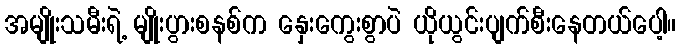
အမျိုးသမီးရဲ့ မျိုးပွားစနစ်က နှေးကွေးစွာပဲ ယိုယွင်းပျက်စီးနေတယ်ပေါ့။